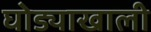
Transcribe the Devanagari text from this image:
घोड्याखाली